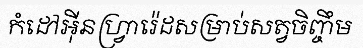
កំដៅអ៊ីនហ្វ្រារ៉េដសម្រាប់សត្វចិញ្ចឹម